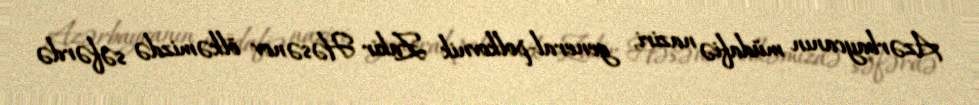
Azərbaycanın müdafiə naziri, general-polkovnik Zakir Həsənov ölkəmizdə səfərdə